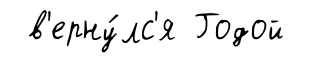
в'ерну́лс'я Годой